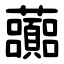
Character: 虈